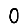
Digit: 0